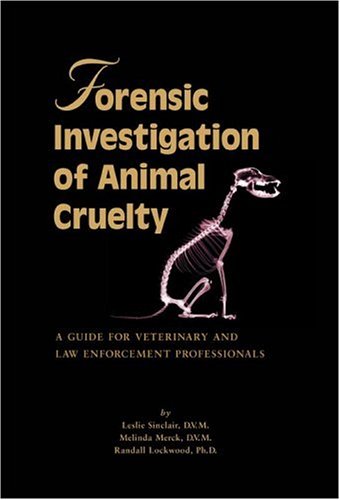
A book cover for Forensic Investigation of Animal Cruelty: A Guide for Veterinary and Law Enforcement Professionals; Leslie Sinclair; Science & Math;